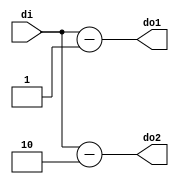
module DEC (di, do1, do2);
	input [15:0] di;
	output [15:0] do1, do2;

	assign do1 = di - 1;
	assign do2 = di - 2;
endmodule